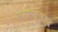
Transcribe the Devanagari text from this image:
अरबस्थान